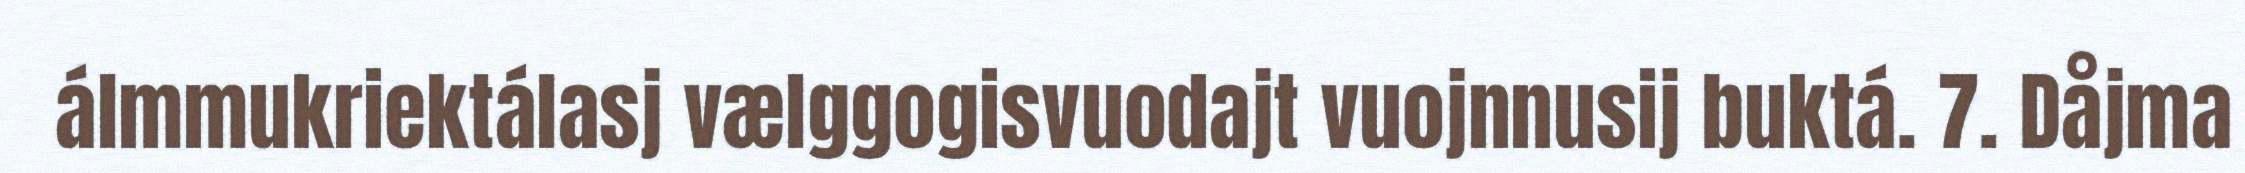
álmmukriektálasj vælggogisvuodajt vuojnnusij buktá. 7. Dåjma